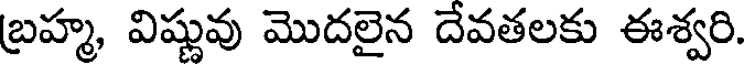
బ్రహ్మ, విష్ణువు మొదలైన దేవతలకు ఈశ్వరి.